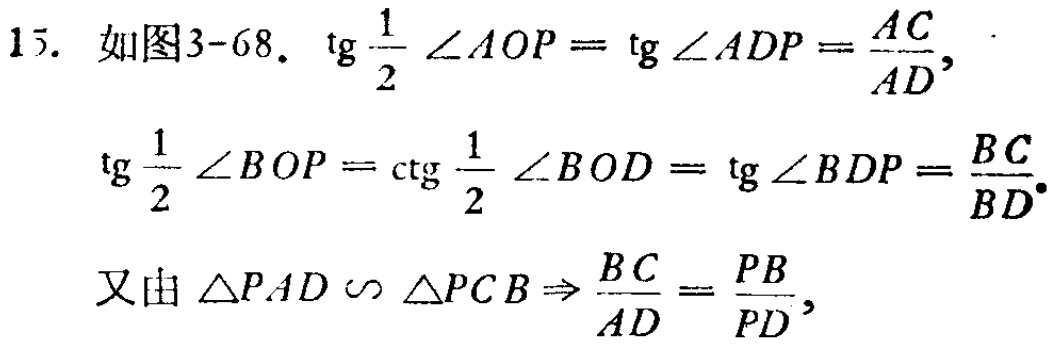
15. 如图3-68. \(\mathrm{tg}\frac{1}{2}\angle AOP = \mathrm{tg}\angle ADP=\frac{AC}{AD},\)
\(\mathrm{tg}\frac{1}{2}\angle BOP=\mathrm{ctg}\frac{1}{2}\angle BOD = \mathrm{tg}\angle BDP=\frac{BC}{BD}.\)
又由 \(\triangle PAD\sim\triangle PCB\Rightarrow\frac{BC}{AD}=\frac{PB}{PD},\)